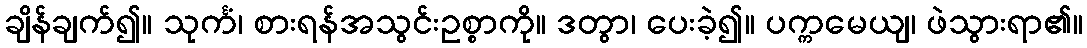
ချိန်ချက်၍။ သုင်္ကံ၊ စားရန်အသွင်းဥစ္စာကို။ ဒတွာ၊ ပေးခဲ့၍။ ပက္ကမေယျ၊ ဖဲသွားရာ၏။